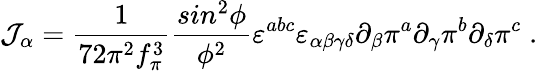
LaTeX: {\cal J}_{\alpha}=\frac{1}{72\pi^{2}f_{\pi}^{3}}\frac{sin^{2}\phi}{\phi^{2}}\varepsilon^{abc}\varepsilon_{\alpha\beta\gamma\delta}\partial_{\beta}\pi^{a}\partial_{\gamma}\pi^{b}\partial_{\delta}\pi^{c}\; .